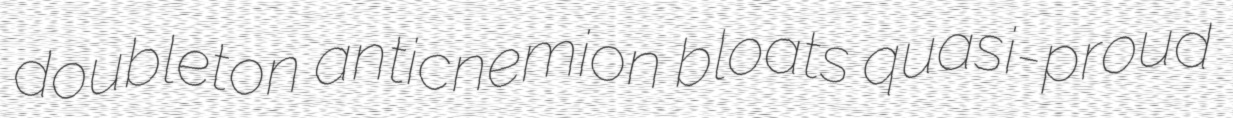
doubleton anticnemion bloats quasi-proud